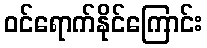
ဝင်ရောက်နိုင်ကြောင်း